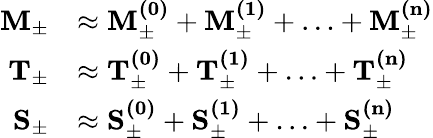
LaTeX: \begin{array}{rl}{\mathbf{M_{\pm}}}&{\approx\mathbf{M_{\pm}^{(0)}}+\mathbf{M_{\pm}^{(1)}}+\ldots+\mathbf{M_{\pm}^{(n)}}}\\ {\mathbf{T_{\pm}}}&{\approx\mathbf{T_{\pm}^{(0)}}+\mathbf{T_{\pm}^{(1)}}+\ldots+\mathbf{T_{\pm}^{(n)}}}\\ {\mathbf{S_{\pm}}}&{\approx\mathbf{S_{\pm}^{(0)}}+\mathbf{S_{\pm}^{(1)}}+\ldots+\mathbf{S_{\pm}^{(n)}}}\end{array}